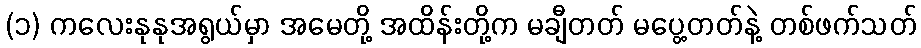
(၁) ကလေးနုနုအရွယ်မှာ အမေတို့ အထိန်းတို့က မချီတတ် မပွေ့တတ်နဲ့ တစ်ဖက်သတ်